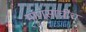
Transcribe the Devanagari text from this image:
माणसांचीच